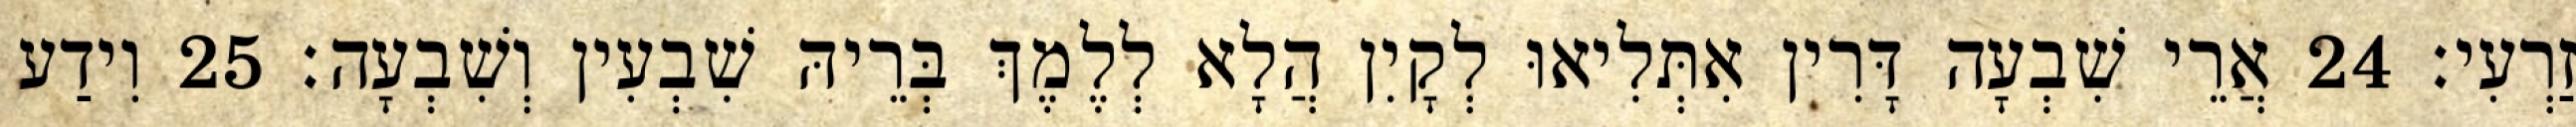
זַרְעִי׃ 24 אֲרֵי שִׁבְעָה דָּרִין אִתְּלִיאוּ לְקָיִן הֲלָא לְלֶמֶךְ בְּרֵיהּ שִׁבְעִין וְשִׁבְעָה׃ 25 וִידַע